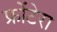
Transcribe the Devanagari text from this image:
फ्रोंटेरा